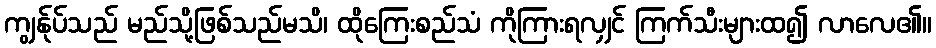
ကျွန်ုပ်သည် မည်သို့ဖြစ်သည်မသိ၊ ထိုကြေးစည်သံ ကိုကြားရလျှင် ကြက်သီးများထ၍ လာလေ၏။